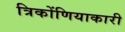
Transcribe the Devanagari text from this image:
त्रिकोंणियाकारी